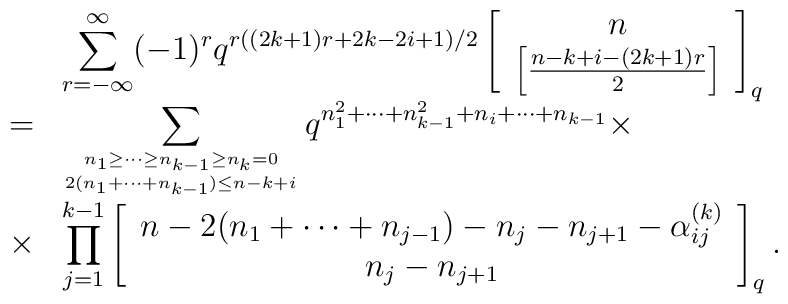
\begin{array}{cl}&\displaystyle\sum_{r=-\infty}^{\infty} (-1)^{r}q^{r((2k+1)r+2k-2i+1)/2}\left[ \begin{array}{c} n \\\left[ \frac{n-k+i-(2k+1)r}{2} \right]\end{array} \right]_q \\= &\displaystyle\sum_{           {n_1 \geq \cdots \geq n_{k-1} \geq n_k =0}     \atop {2(n_1 + \cdots + n_{k-1}) \leq n-k+i }}q^{n_1^2 + \cdots + n_{k-1}^2 +n_{i} + \cdots + n_{k-1}} \times \\\times &\displaystyle\prod_{j=1}^{k-1}\left[ \begin{array}{c}n-2(n_1 + \cdots + n_{j-1})-n_j -n_{j+1} -\alpha^{(k)}_{ij} \\n_j -n_{j+1}\end{array} \right]_q .\end{array}